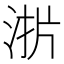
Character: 𰛫